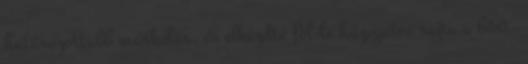
határozottabb markolás, és elkezdte föl-le húzogatni rajta a bőrt.